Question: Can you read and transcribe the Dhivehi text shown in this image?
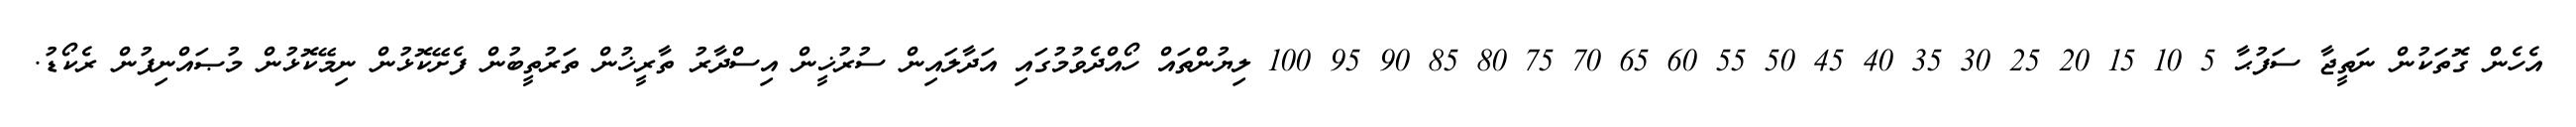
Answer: އެހެން ގޮތަކުން ނަތީޖާ ސަފުޙާ 5 10 15 20 25 30 35 40 45 50 55 60 65 70 75 80 85 90 95 100 ލިޔުންތައް ހޯއްދެވުމުގައި އަދާލައިން ސުރުޚީން އިސްދާރު ތާރީޚުން ތަރުތީބުން ފެށޭކޮޅުން ނިމޭކޮޅުން މުޞައްނިފުން ރެކޯޑު.